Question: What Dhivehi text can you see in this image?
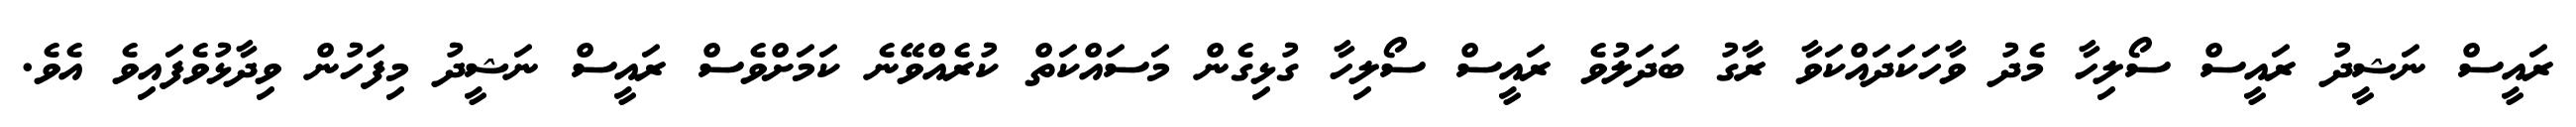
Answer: ރައީސް ނަޝީދު ރައީސް ސޯލިހާ މެދު ވާހަކަދައްކަވާ ރާގު ބަދަލުވެ ރައީސް ސޯލިހާ ގުޅިގެން މަސައްކަތް ކުރެއްވޭނެ ކަމަށްވެސް ރައީސް ނަޝީދު މިފަހުން ވިދާޅުވެފައިވެ އެވެ.